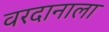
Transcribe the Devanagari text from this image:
वरदानाला